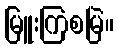
မြူးကြစမြဲ။